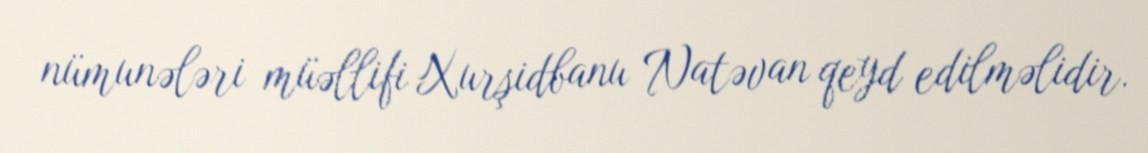
nümunələri müəllifi Xurşidbanu Natəvan qeyd edilməlidir.